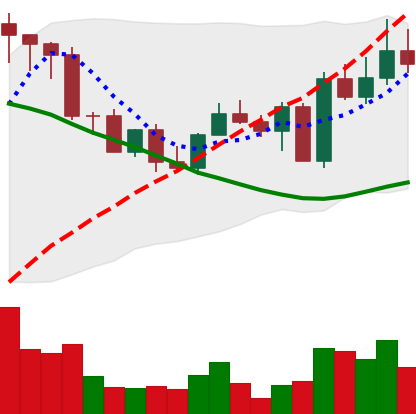
Ticker: EOS-USD
Chart end date: 2022-09-11
Forward return: -17.048%
Label: down_7plus